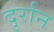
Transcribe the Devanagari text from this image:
दुर्रान